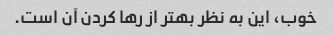
خوب، این به نظر بهتر از رها کردن آن است.